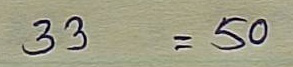
33 = 50